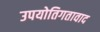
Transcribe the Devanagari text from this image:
उपयोतिगतावाद